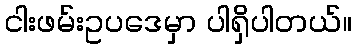
ငါးဖမ်းဥပဒေမှာ ပါရှိပါတယ်။